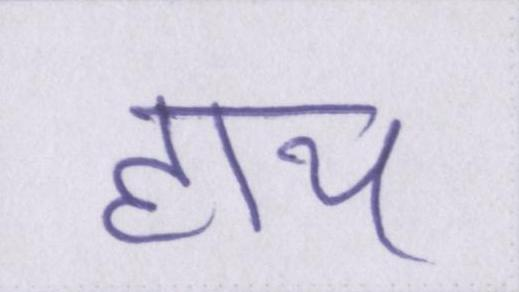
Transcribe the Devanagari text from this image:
हाय